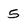
Character: 5